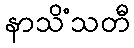
နာသိံသတီ